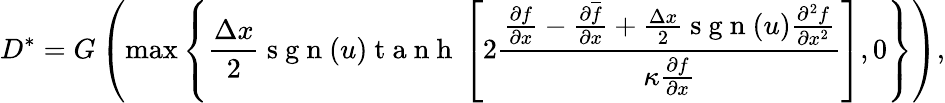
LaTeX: D^{\ast}=G\left({\operatorname*{max}\left\{ \frac{\Delta x}{2}\mathrm{~s~g~n~}(u)\mathrm{~t~a~n~h~}\left[2\frac{\frac{\partial f}{\partial x}-\frac{\partial\overline{{f}}}{\partial x}+\frac{\Delta x}{2}\mathrm{~s~g~n~}(u)\frac{\partial^{2}f}{\partial x^{2}}}{\kappa\frac{\partial{f}}{\partial x}}\right],0\right\} }\right),